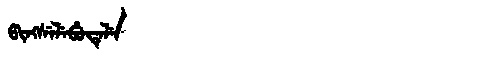
Manchu: ᡦᡳᠩᠰᡝᠯᡝᠪᡠᡨᡝᠯᡝ
Romanization: PINGSELEBUTELE